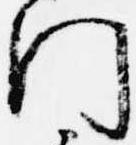
門